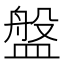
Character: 盤